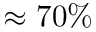
\approx 7 0 \%